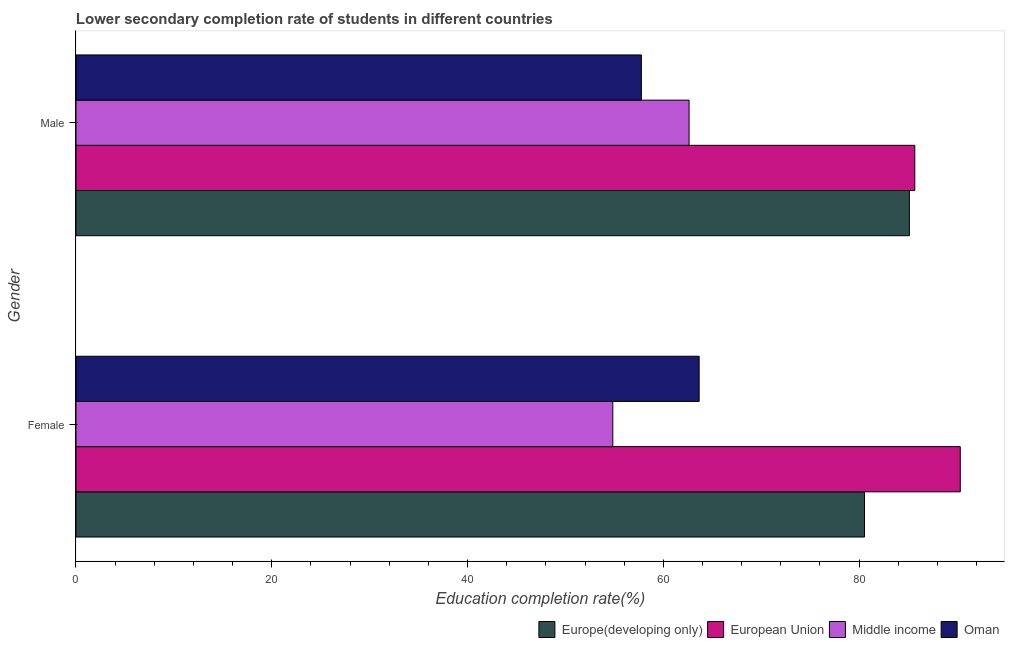
| Gender | Europe(developing only) | European Union | Middle income | Oman |
 | --- | --- | --- | --- | --- |
 | Female | 80.5 | 90.3 | 54.8 | 63.7 |
 | Male | 85.1 | 85.7 | 62.6 | 57.8 |